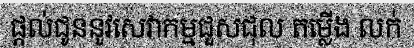
ផ្តល់ជូននូវសេវាកម្មជួសជុល តម្លើង លក់